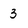
Character: 3